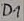
Text: D1